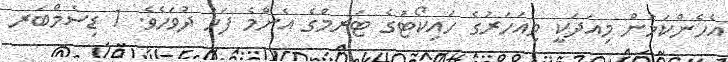
އެހެންކަމުން މިއަދަކީ މިއަހަރުގެ ހައިކޯޓުގެ ޓަރމްގެ އެންމެ ފަހު ދުވަހެވެ. 1 ޑިސެމްބަރ